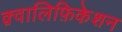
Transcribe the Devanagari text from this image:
क़्वालिफ़िकेशन